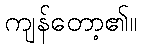
ကျန်တော့၏။